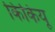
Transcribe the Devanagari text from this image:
किकियू